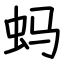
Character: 蚂